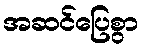
အဆင်ပြေစွာ